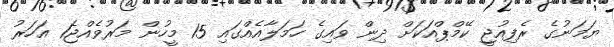
ޔަމަނުގެ ރެފިއުޖީ ކޭމްޕްއަކަށް ދިން ވައިގެ ހަމަލާއެއްގައި 15 މީހުން މަރުވެއްޖެ1 އަހަރު